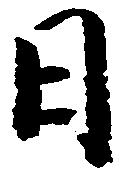
日